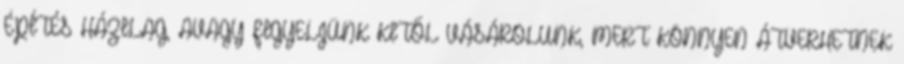
ÉPÍTÉS HÁZILAG, AVAGY FIGYELJÜNK KITŐL VÁSÁROLUNK, MERT KÖNNYEN ÁTVERHETNEK